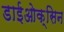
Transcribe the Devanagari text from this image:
डाईओक्सिन